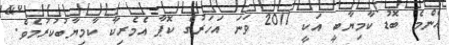
އެންމެ ބޮޑު ކާމިޔާބީ އަކީ 2011 ވަނަ އަހަރުގެ ކޮޕާ އެމެރިކާ ކާމިޔާބުކުރުމެވެ.